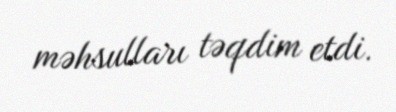
məhsulları təqdim etdi.